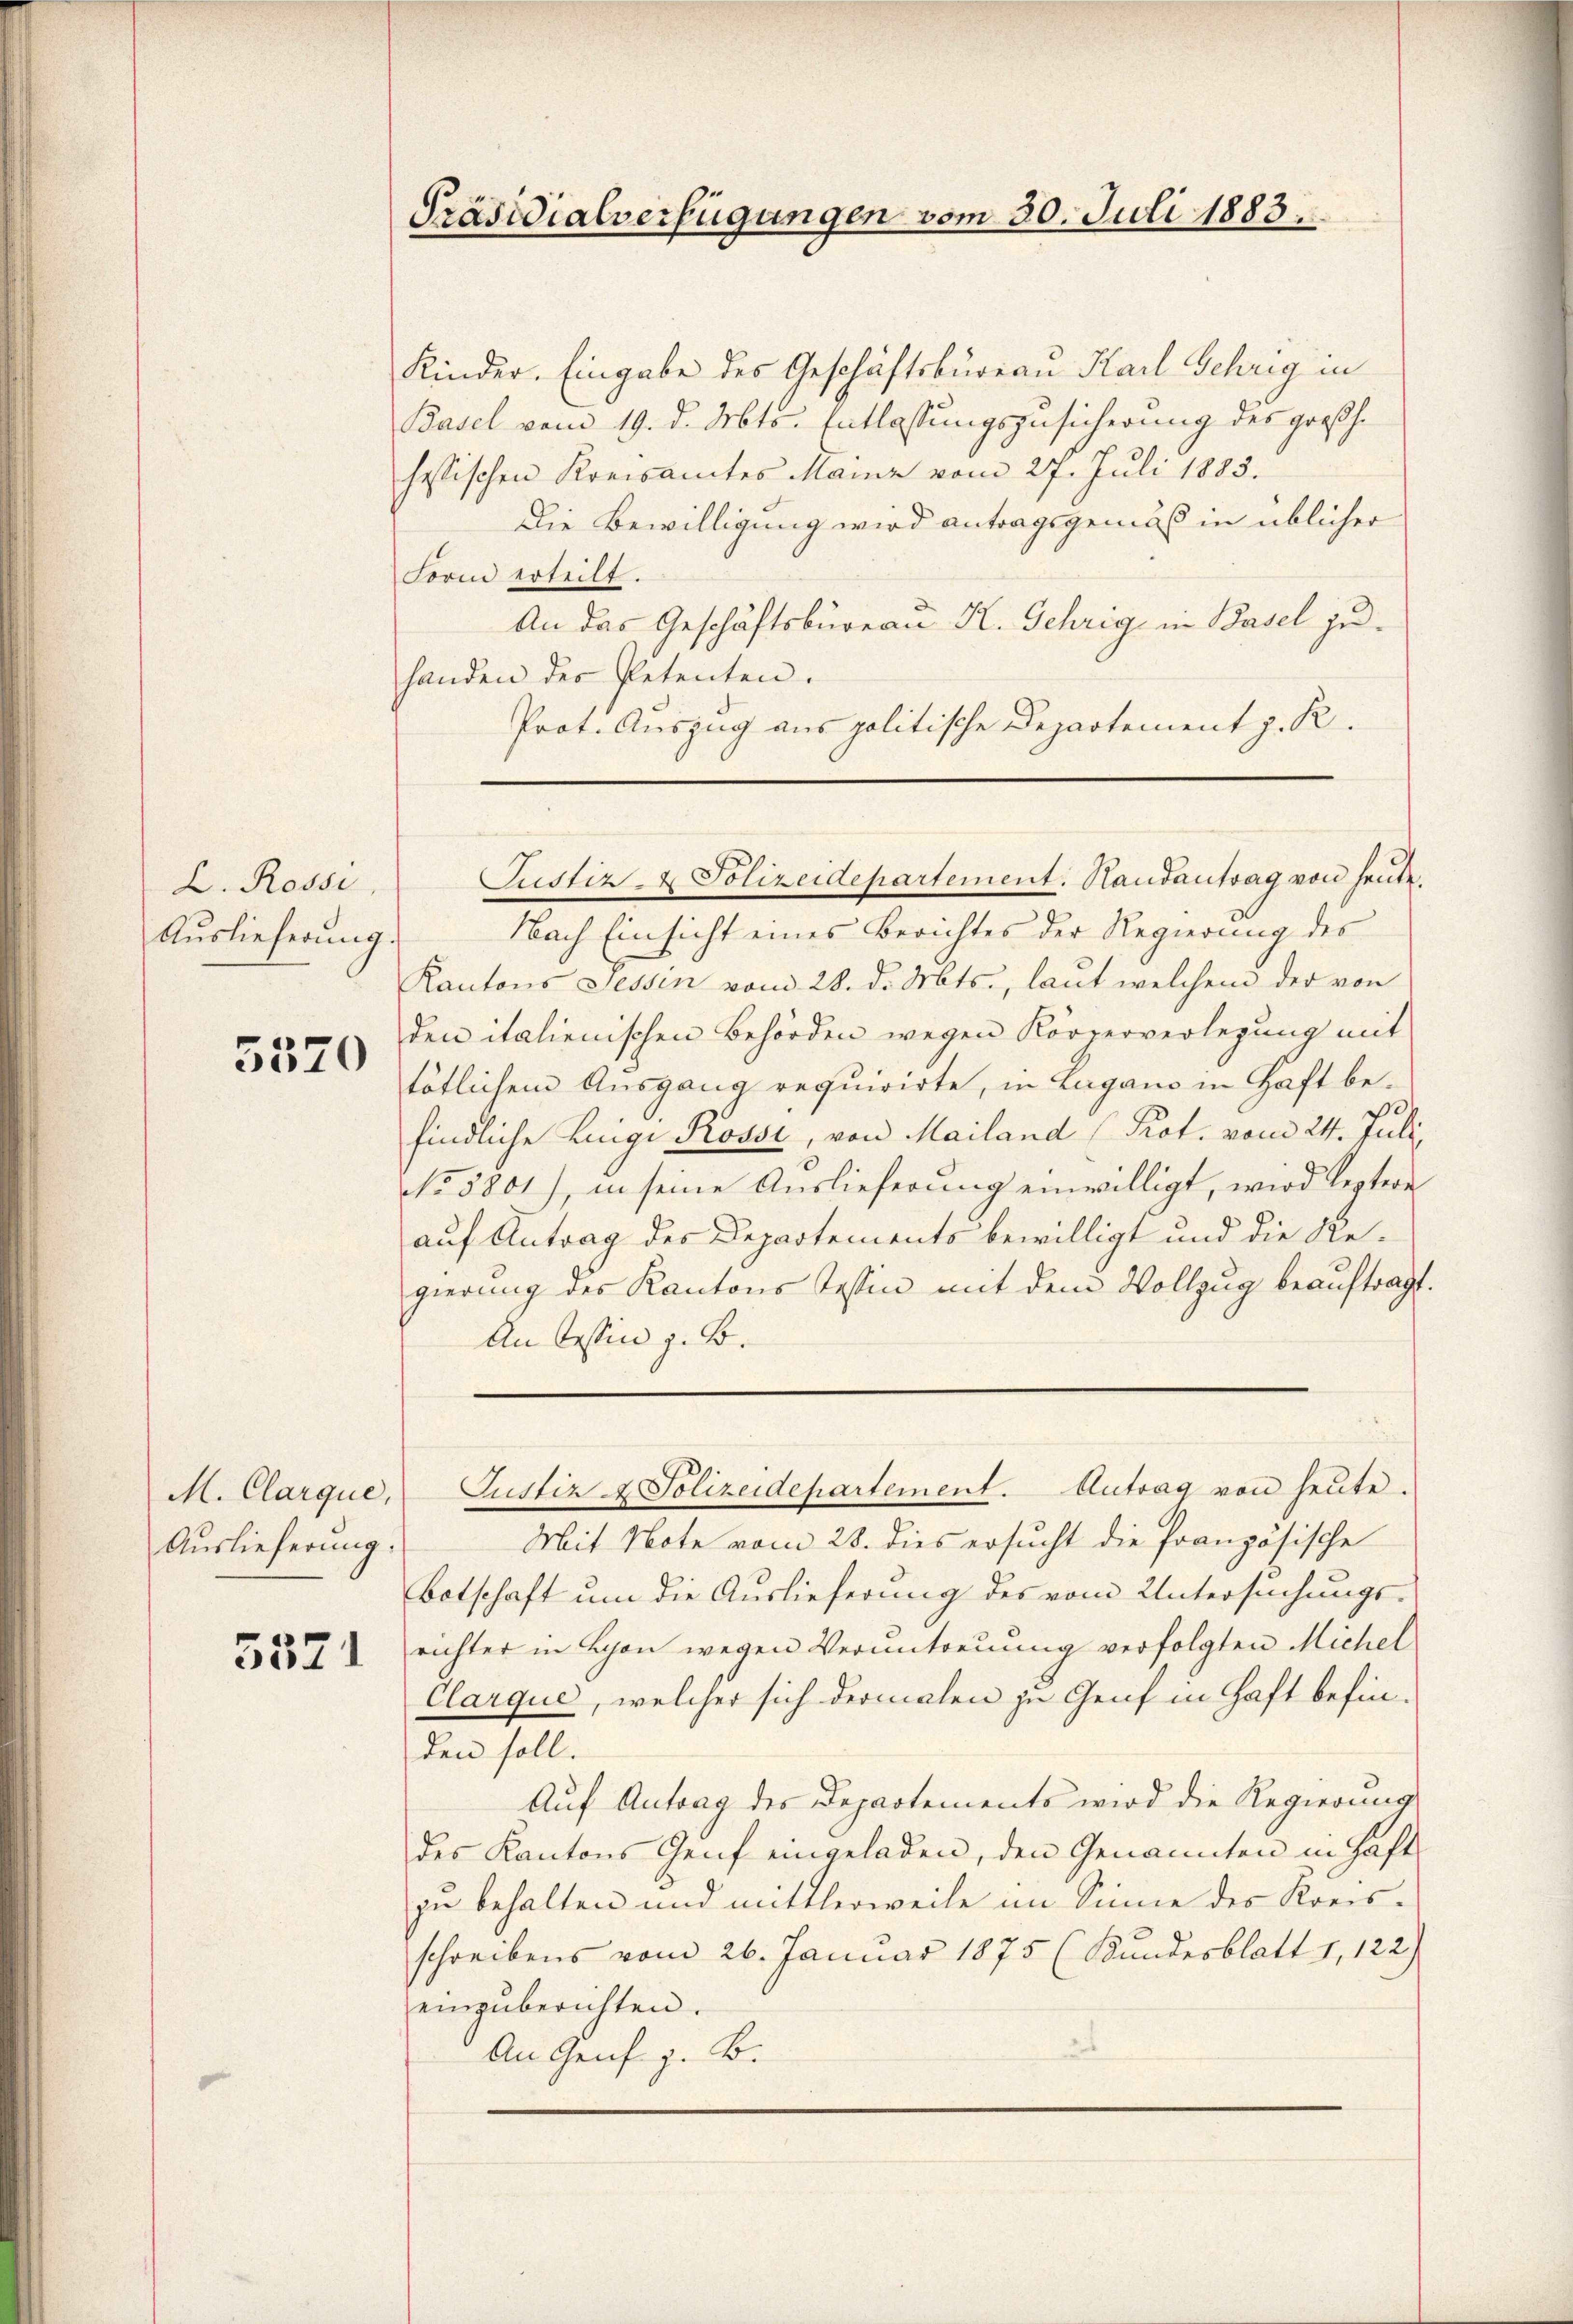
L. Rossi
Auslieferung.

5370

M. Clarque,
Auslieferung.

5571

Kinder. Eingabe des Geschäftsbureau Karl Gehrig in
Basel vom 19. d. Mts. Entlassungszusicherung des großh
hessischen Kreisamtes Mainz vom 27. Juli 1883.
Die Bewilligung wird antragsgemäß in üblicher
Form erteilt.
An das Geschäftsbureau K. Gehrig in Basel zuhanden der Petenten.
Prot. Auszug aus politische Departement z. R.

Präsidialverfügungen vom 30. Juli 1883.

Nach Einsicht eines Berichtes der Regierung des
Kantons Sessen vom 28. d. Mts., laut welchem der von
den italienischen Behörden wegen Körperverlegung mit
tötlichem Ausgang requirirte, in Lugano in Haft befindliche Luigi Rossi, von Mailand (Prot. vom 24. Juli,
No. 5801), in seine Auslieferung einwilligt, wird leztere
auf Antrag des Departements bewilligt und die Re-
gierung des Kantons Tessin mit dem Vollzug beauftragt.
An bestin z. B.

Justiz- & Polizeidepartement. Handantrag von heute.

Justiz & Polizeidepartement. Antrag von heute.

Mit Note vom 28. dies ersucht die französische
Botschaft um die Auslieferung des vom Untersuchungs-
richter in Schon wegen Verantreuung verfolgten Michel
Clarque, welcher sich dermalen zu Genf in Haft befinden soll.
Auf Antrag des Departements wird die Regierung
des Kantons Genf eingeladen, den Genannten in Haft
zu behalten und mittlerweile im Sinne des Kreisschreibens vom 26. Januar 1875 (Bundesblatt 1, 122)
einzuberichten.
An Genf z. B.